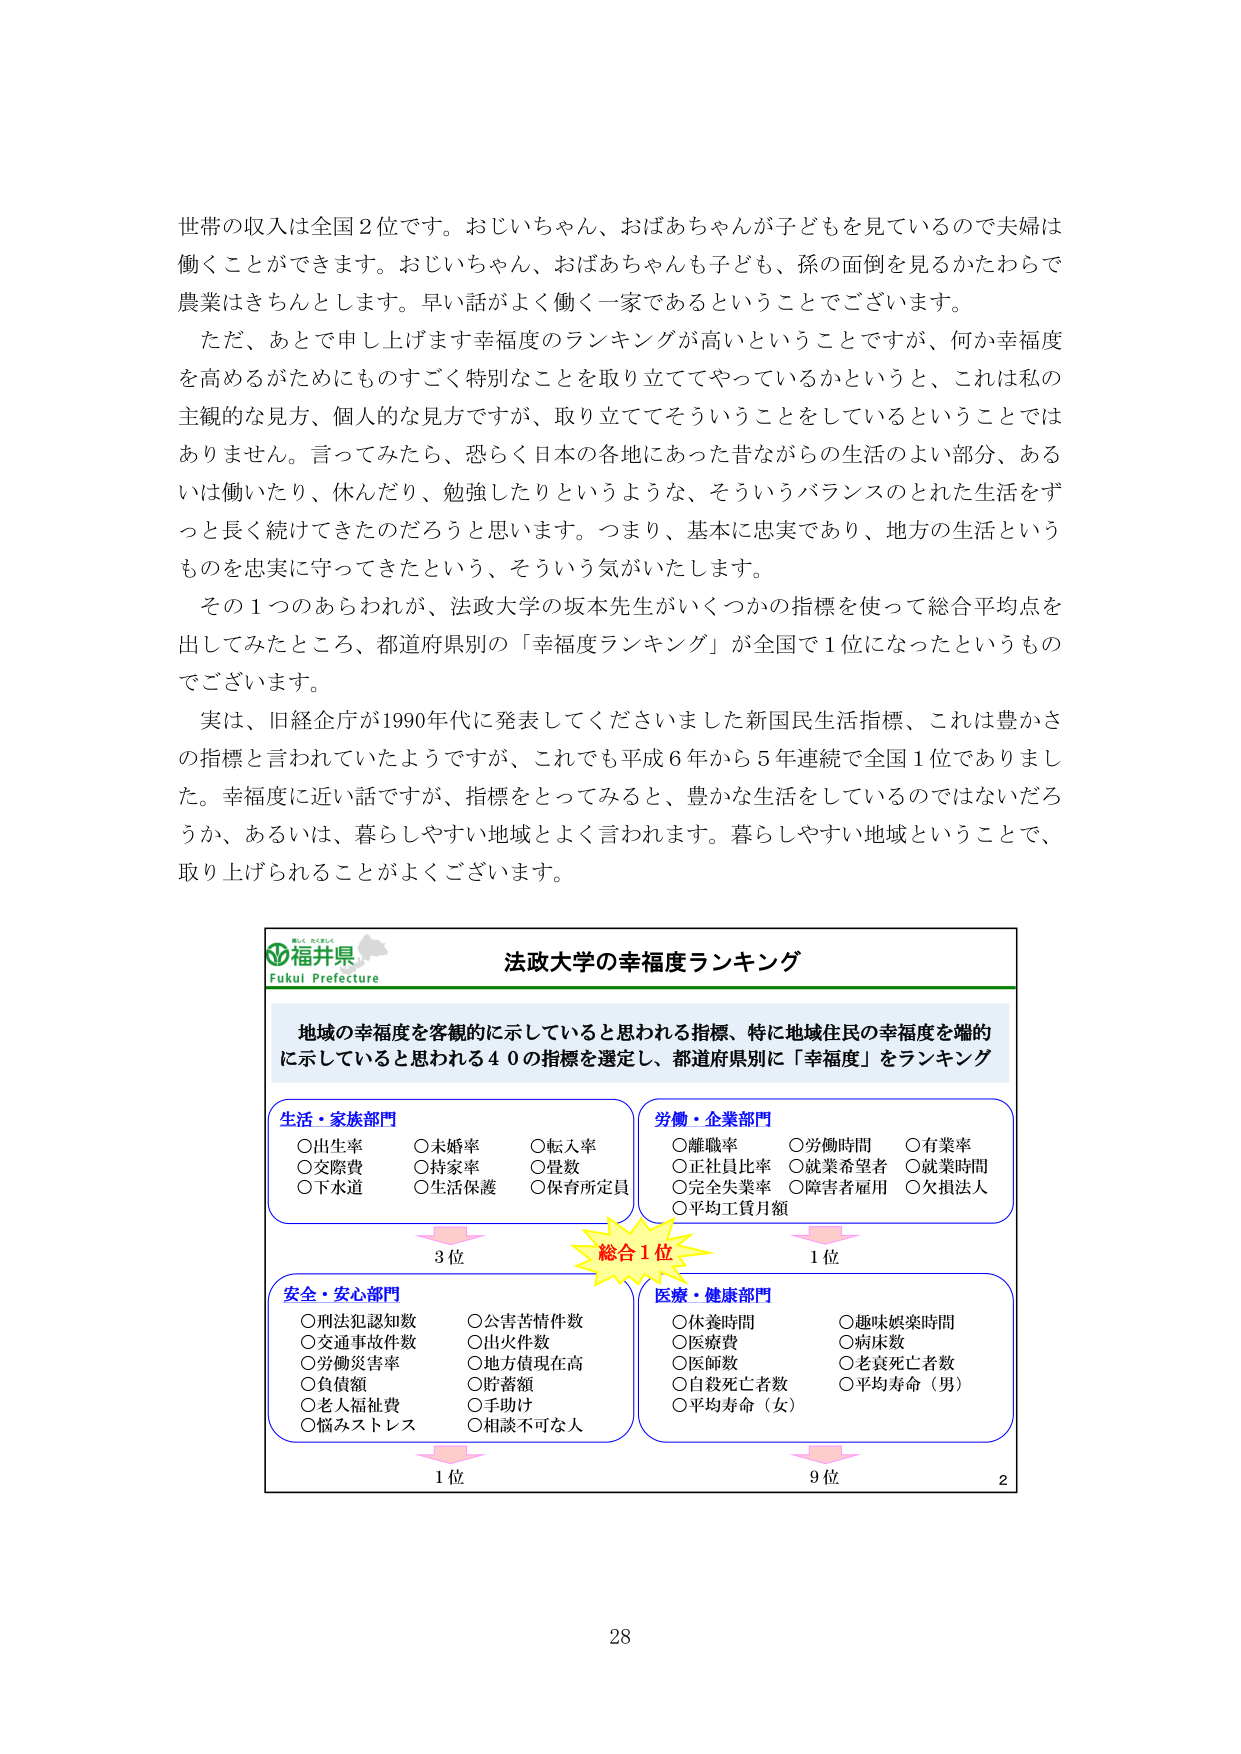
世帯の収入は全国２位です。おじいちゃん、おばあちゃんが子どもを見ているので夫婦は働くことができます。おじいちゃん、おばあちゃんも子ども、孫の面倒を見るかたわらで農業はきちんとします。早い話がよく働く一家であるということでございます。

ただ、あとで申し上げます幸福度のランキングが高いということですが、何か幸福度を高めるがためにもすごく特別なことを取り立ててやっているかというと、これは私の主観的な見方、個人的な見方ですが、取り立ててそういうことをしているということではありません。言ってみたら、恐らく日本の各地にあった昔ながらの生活のよい部分、あるいは働いたり、休んだり、勉強したりというような、そういうバランスのとれた生活をずっと長く続けてきたのだろうと思います。つまり、基本的に忠実であり、地方の生活というものを忠実に守ってきたという、そういう気がいたします。

その１つのあらわれが、法政大学の坂本先生がいくつかの指標を使って総合平均点を出してみたところ、都道府県別の「幸福度ランキング」が全国で１位になったというものでございます。

実は、旧経企庁が1990年代に発表してくださいました新国民生活指標、これは豊かさの指標と言われていたようですが、これでも平成６年から５年連続で全国１位でありました。幸福度に近い話ですが、指標をとってみると、豊かな生活をしているのではないだろうか、あるいは、暮らしやすい地域とよく言われます。暮らしやすい地域ということで、取り上げられることがよくございます。

福井県
Fukui Prefecture
法政大学の幸福度ランキング

地域の幸福度を客観的に示していると思われる指標、特に地域住民の幸福度を端的に示していると思われる４０の指標を選定し、都道府県別に「幸福度」をランキング

生活・家族部門
○出生率　○未婚率　○転入率
○交際費　○持家率　○登数
○下水道　○生活保護　○保育所定員

労働・企業部門
○離職率　○労働時間　○有業率
○正社員比率　○就業希望者　○就業時間
○完全失業率　○障害者雇用　○欠損法人
○平均工賃月額

安全・安心部門
○刑法犯認知数　○公害苦情件数
○交通事故件数　○出火件数
○労働災害率　○地方債現在高
○負債額　○貯蓄額
○老人福祉費　○手助け
○悩みストレス　○相談不可な人

医療・健康部門
○休養時間　○趣味娯楽時間
○医療費　○病床数
○医師数　○老衰死亡者数
○自殺死亡者数　○平均寿命（男）
○平均寿命（女）

3位　　総合１位　　1位
1位　　　　　　　　9位

28